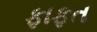
ફાફત